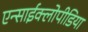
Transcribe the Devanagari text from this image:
एन्साईक्लोपीडिया